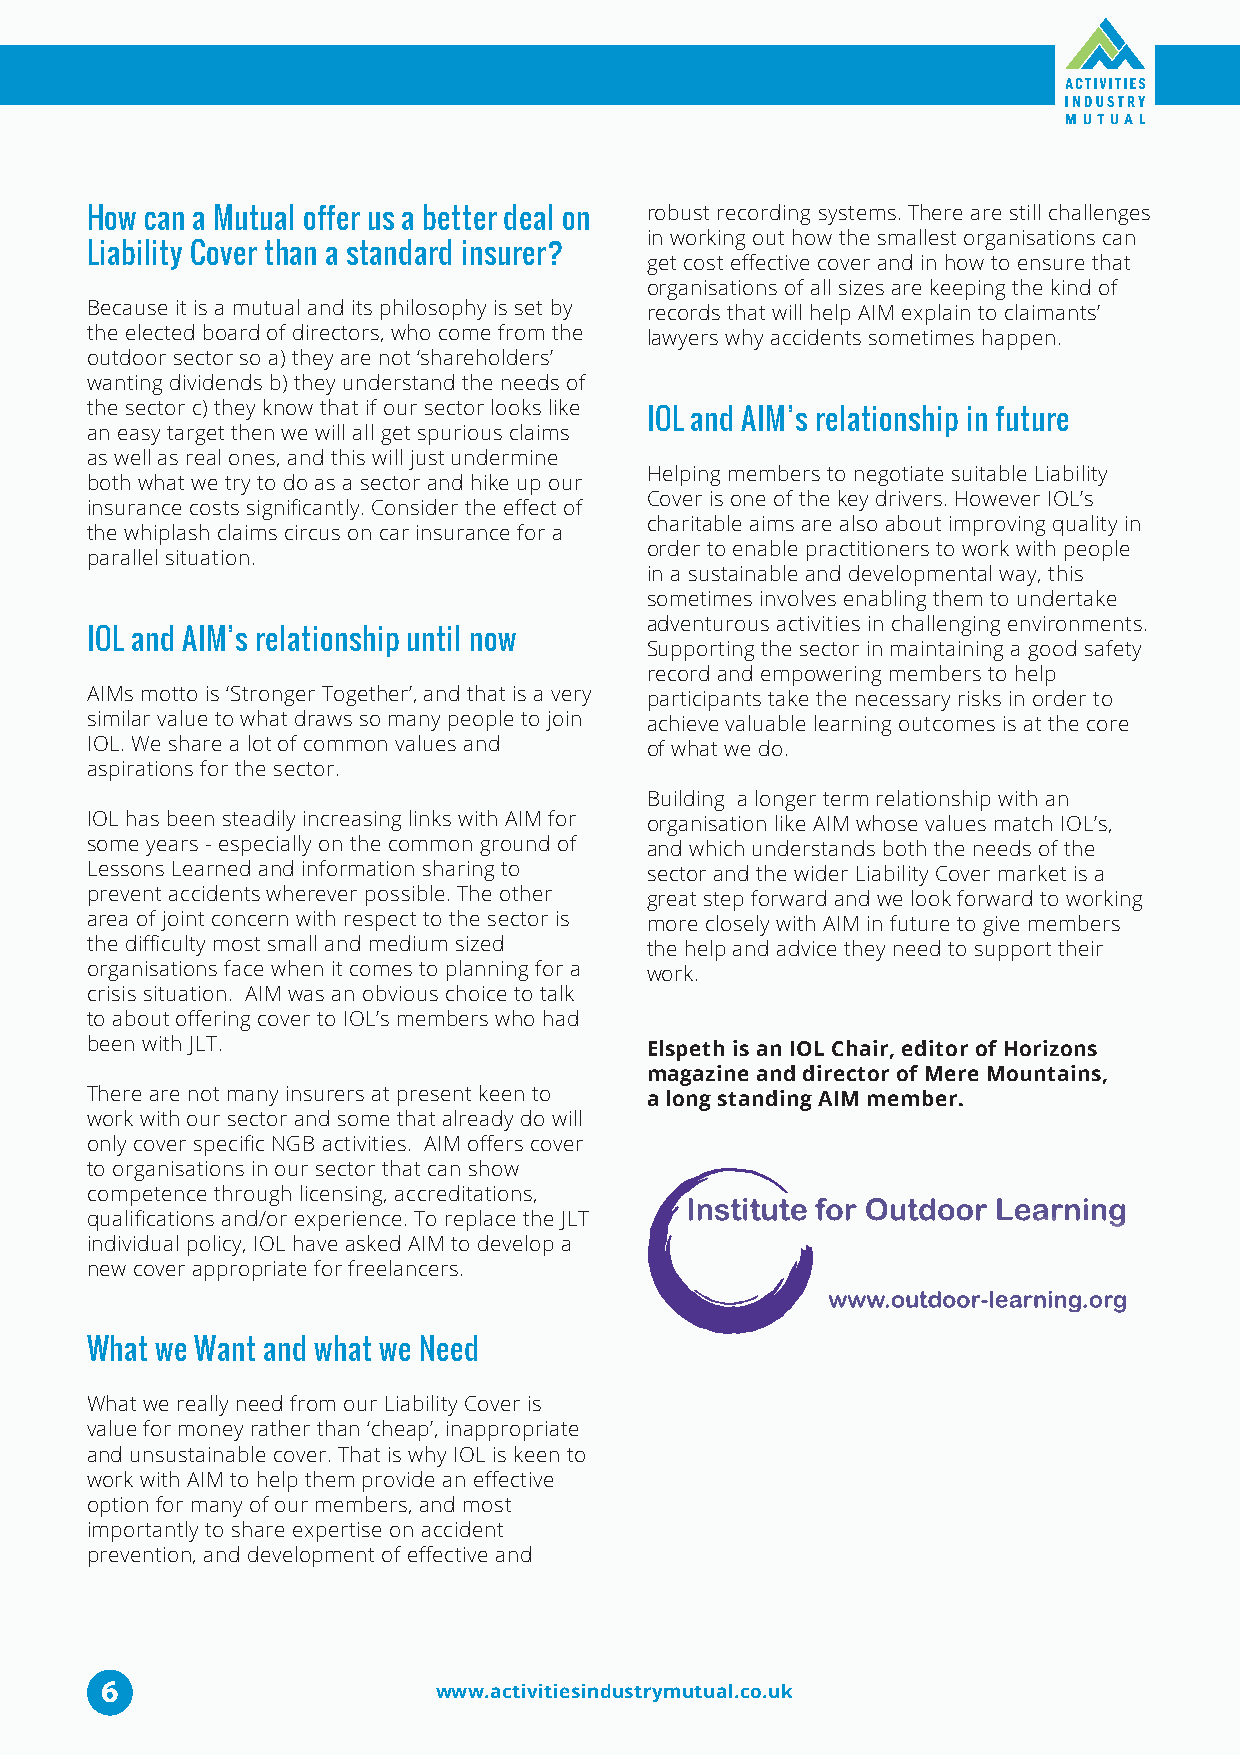
How can a Mutual offer us a better deal on robust recording systems. There are still challenges
 in working out how the smallest organisations can
 Liability Cover than a standard insurer?
 get cost effective cover and in how to ensure that
 organisations of all sizes are keeping the kind of
 Because it is a mutual and its philosophy is set by records that will help AIM explain to claimants’
 the elected board of directors, who come from the lawyers why accidents sometimes happen.
 outdoor sector so a) they are not ‘shareholders’
 wanting dividends b) they understand the needs of
 the sector c) they know that if our sector looks like
 IOL and AIM’s relationship in future
 an easy target then we will all get spurious claims
 as well as real ones, and this will just undermine
 Helping members to negotiate suitable Liability
 both what we try to do as a sector and hike up our
 Cover is one of the key drivers. However IOL’s
 insurance costs significantly. Consider the effect of
 charitable aims are also about improving quality in
 the whiplash claims circus on car insurance for a
 order to enable practitioners to work with people
 parallel situation.
 in a sustainable and developmental way, this
 sometimes involves enabling them to undertake
 adventurous activities in challenging environments.
 IOL and AIM’s relationship until now
 Supporting the sector in maintaining a good safety
 record and empowering members to help
 AIMs motto is ‘Stronger Together’, and that is a very participants take the necessary risks in order to
 similar value to what draws so many people to join achieve valuable learning outcomes is at the core
 IOL. We share a lot of common values and of what we do.
 aspirations for the sector.
 Building a longer term relationship with an
 IOL has been steadily increasing links with AIM for organisation like AIM whose values match IOL’s,
 some years - especially on the common ground of and which understands both the needs of the
 Lessons Learned and information sharing to sector and the wider Liability Cover market is a
 prevent accidents wherever possible. The other great step forward and we look forward to working
 area of joint concern with respect to the sector is more closely with AIM in future to give members
 the difficulty most small and medium sized the help and advice they need to support their
 organisations face when it comes to planning for a work.
 crisis situation. AIM was an obvious choice to talk
 to about offering cover to IOL’s members who had
 been with JLT.                       Elspeth is an IOL Chair, editor of Horizons
 magazine and director of Mere Mountains,
 There are not many insurers at present keen to a long standing AIM member.
 work with our sector and some that already do will
 only cover specific NGB activities. AIM offers cover
 to organisations in our sector that can show
 competence through licensing, accreditations,
 qualifications and/or experience. To replace the JLT
 individual policy, IOL have asked AIM to develop a
 new cover appropriate for freelancers.
 What we Want and what we Need
 What we really need from our Liability Cover is
 value for money rather than ‘cheap’, inappropriate
 and unsustainable cover. That is why IOL is keen to
 work with AIM to help them provide an effective
 option for many of our members, and most
 importantly to share expertise on accident
 prevention, and development of effective and
 6
 www.activitiesindustrymutual.co.uk